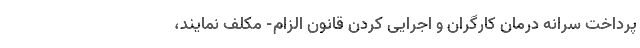
پرداخت سرانه درمان کارگران و اجرایی کردن قانون الزام- مکلف نمایند،